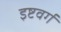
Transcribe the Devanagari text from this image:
इष्टवर्ग